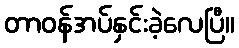
တာဝန်အပ်နှင်းခဲ့လေပြီ။